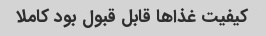
کیفیت غذا‌ها قابل قبول بود کاملا